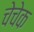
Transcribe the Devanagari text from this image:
चेचेक